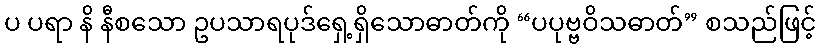
ပ ပရာ နိ နီစသော ဥပသာရပုဒ်ရှေ့ရှိသောဓာတ်ကို “ပပုဗ္ဗဝိသဓာတ်” စသည်ဖြင့်